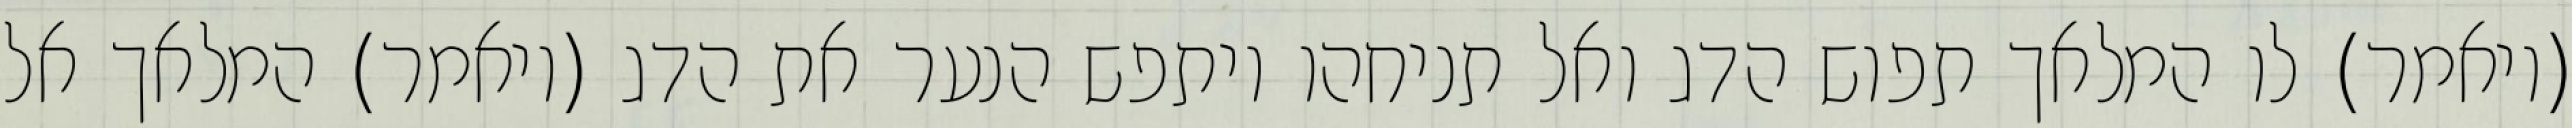
(ויאמר) לו המלאך תפוש הדג ואל תניחהו ויתפש הנער את הדג (ויאמר) המלאך אל